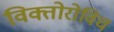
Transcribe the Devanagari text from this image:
विक्तोरोविच